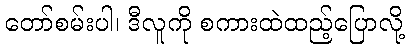
တော်စမ်းပါ၊ ဒီလူကို စကားထဲထည့်ပြောလို့